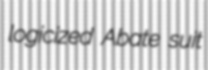
logicized Abate suit